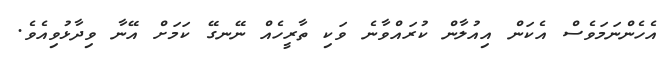
އެހެންނަމަވެސް އެކަން އިއުލާން ކުރައްވާނެ ވަކި ތާރީހެއް ނޭނގޭ ކަމަށް އޭނާ ވިދާޅުވިއެވެ.